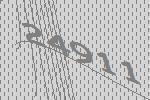
24911